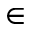
\in